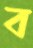
ব